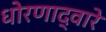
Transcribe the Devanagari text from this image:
धोरणाद्वारे